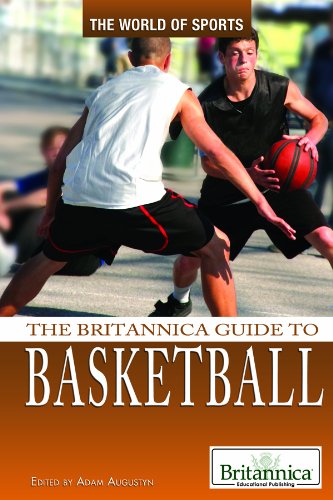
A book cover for The Britannica Guide to Basketball (The World of Sports); Teen & Young Adult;